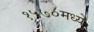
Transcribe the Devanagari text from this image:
१५७०मध्ये